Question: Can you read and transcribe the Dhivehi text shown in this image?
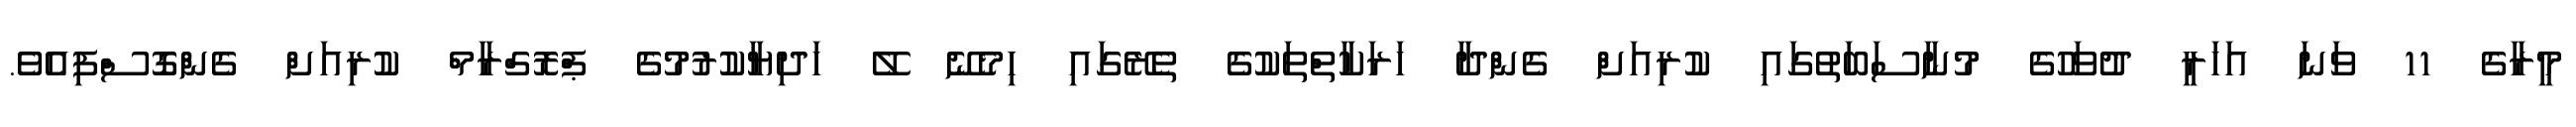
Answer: މީރާގެ 11 ވަނަ އަހަރީ ދުވަހުގެ މުނާސަބަތުގައި ކުރިއަށް ގެންދާ ހަރަކާތްތަކުގެ ތެރޭގައި ހިމެނޭ ލޭ ހަދިޔާކުރުމުގެ ޕްރޮގްރާމް ކުރިއަށް ގެންގޮސްފިއެވެ.